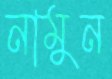
নামুন